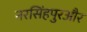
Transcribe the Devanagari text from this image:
नरसिंहपुरऔर